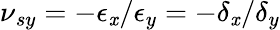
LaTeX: \nu{_{sy}}=-\epsilon{_\mathit{x}}/\epsilon{_y}=-\delta{_\mathit{x}}/\delta{_y}